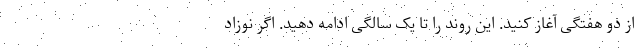
از دو هفتگی آغاز کنید. این روند را تا یک سالگی ادامه دهید. اگر نوزاد